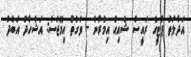
އަދާލަތު ޕާޓީގެ ރައީސް ޝެއިޙް އިމްރާން - ވަގުތު އިމޭޖަސް: އަޝްހާދު އަބްދު